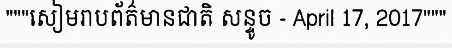
"""សៀមរាបព័ត៌មានជាតិ សន្ទូច - April 17, 2017"""